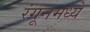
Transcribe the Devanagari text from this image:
रंगूनमध्ये